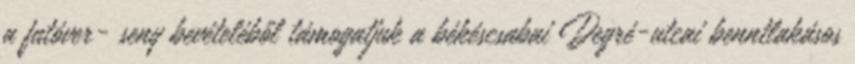
a futóver- seny bevételéből támogatjuk a békéscsabai Degré-utcai benntlakásos